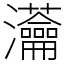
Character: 𤅢